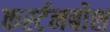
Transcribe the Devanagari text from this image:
कर्स्‍टनबोश